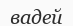
вадей